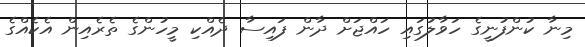
މިނާ ކުންފުނީގެ ހަވާލުގައި ހައްޖަށް ދާން ފައިސާ ދެއްކި މީހުންގެ ތެރެއިން އެކެއްގެ